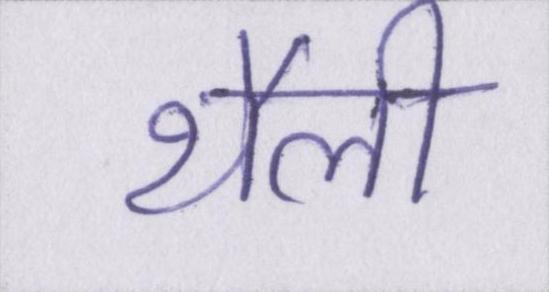
थैली